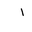
Letter: _alif